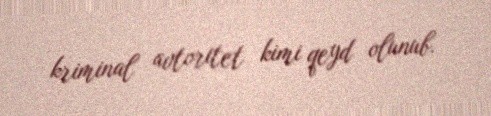
kriminal avtoritet kimi qeyd olunub.